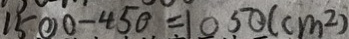
1 5 0 0 - 4 5 0 = 1 0 5 0 ( c m ^ { 2 } )